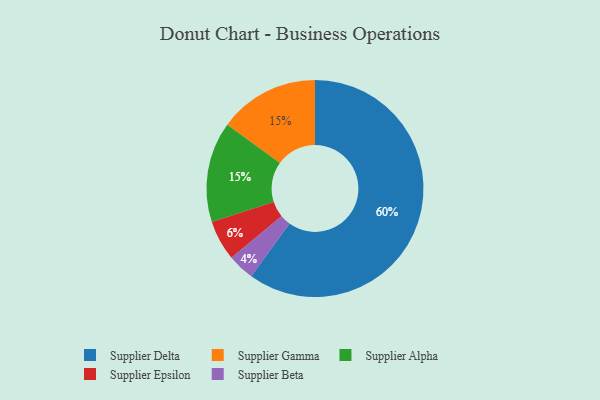
{"axis": {"x": "Category", "y": "Percentage"}, "legend": ["Supplier Alpha", "Supplier Beta", "Supplier Delta", "Supplier Epsilon", "Supplier Gamma"], "data": [{"x": "Supplier Gamma", "y": 15, "type": "Supplier Gamma"}, {"x": "Supplier Delta", "y": 60, "type": "Supplier Delta"}, {"x": "Supplier Alpha", "y": 15, "type": "Supplier Alpha"}, {"x": "Supplier Beta", "y": 4, "type": "Supplier Beta"}, {"x": "Supplier Epsilon", "y": 6, "type": "Supplier Epsilon"}]}